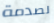
لصدمة